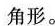
角形。